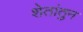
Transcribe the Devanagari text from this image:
शेतांतुन